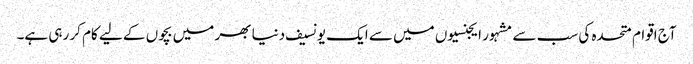
آج اقوام متحدہ کی سب سے مشہور ایجنسیوں میں سے ایک یونسیف دنیا بھر میں بچوں کے لیے کام کر رہی ہے۔